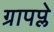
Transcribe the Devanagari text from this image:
ग्रापप्ले